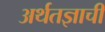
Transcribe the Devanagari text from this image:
अर्थतज्ञाची